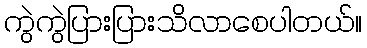
ကွဲကွဲပြားပြားသိလာစေပါတယ်။